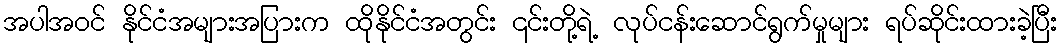
အပါအဝင် နိုင်ငံအများအပြားက ထိုနိုင်ငံအတွင်း ၎င်းတို့ရဲ့ လုပ်ငန်းဆောင်ရွက်မှုများ ရပ်ဆိုင်းထားခဲ့ပြီး